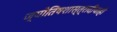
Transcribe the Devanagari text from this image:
ज्योतिषशास्त्रादींचाही